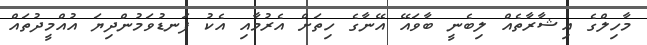
މާހިލްގެ އިޝާރާތެއް ލިބެނީ ބާވައޭ އޭނާގެ ހިތަށް އެރުމާއި އެކު ފަނޑުވަމުންދިޔަ އުއްމީދުތައް